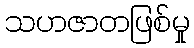
သဟဇာတဖြစ်မှု